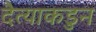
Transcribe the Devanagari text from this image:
दैत्याकडुन